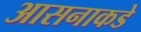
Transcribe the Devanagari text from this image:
आसनाकडे